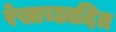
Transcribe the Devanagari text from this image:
रेखाच्छादित